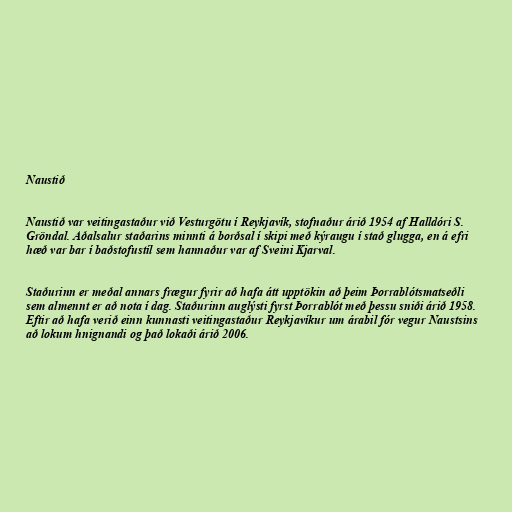
Naustið

Naustið var veitingastaður við Vesturgötu í Reykjavík, stofnaður árið 1954 af Halldóri S.
Gröndal. Aðalsalur staðarins minnti á borðsal í skipi með kýraugu í stað glugga, en á efri
hæð var bar í baðstofustíl sem hannaður var af Sveini Kjarval.

Staðurinn er meðal annars frægur fyrir að hafa átt upptökin að þeim Þorrablótsmatseðli
sem almennt er að nota í dag. Staðurinn auglýsti fyrst Þorrablót með þessu sniði árið 1958.
Eftir að hafa verið einn kunnasti veitingastaður Reykjavíkur um árabil fór vegur Naustsins
að lokum hnignandi og það lokaði árið 2006.